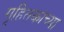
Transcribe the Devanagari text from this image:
गृहितकांच्या